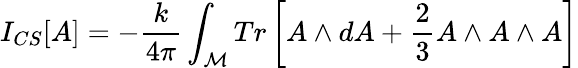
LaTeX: I_{CS}[A]=-\frac{k}{4\pi}\int_{\mathcal{M}}Tr\left[A\wedge dA+\frac{2}{3}A\wedge A\wedge A\right]